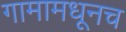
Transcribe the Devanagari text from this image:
गामामधूनच